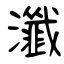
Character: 瀸